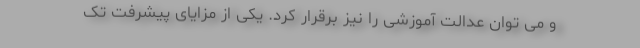
و می توان عدالت آموزشی را نیز برقرار کرد. یکی از مزایای پیشرفت تک